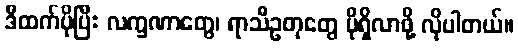
ဒီထက်ပိုပြီး လက္ခဏာတွေ၊ ရာသီဥတုတွေ ပိုရှိလာဖို့ လိုပါတယ်။